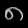
Digit: ၈